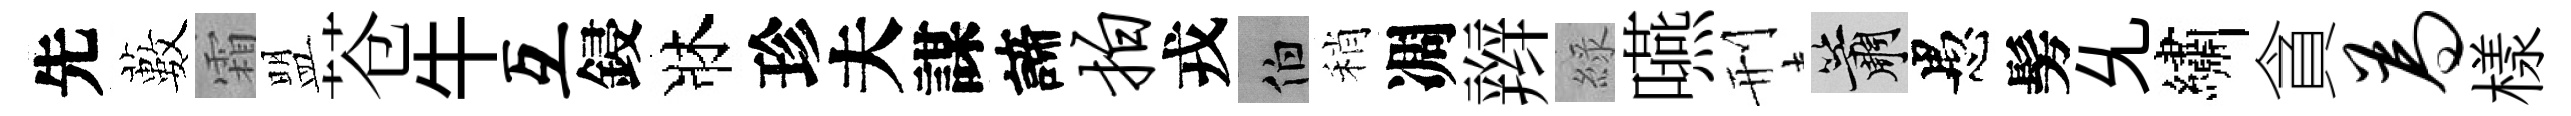
先藪霜盟苍牛互鋟牀珍夫謀諦拍戎伯稍凋辫綠嚥刑簫愚髣𠃔繡貪为樣